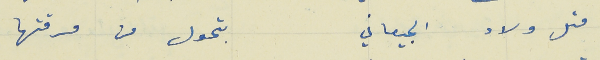
مثل ولاد الجيعاني                                            بتحول من مرقتها